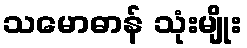
သမောဓာန် သုံးမျိုး